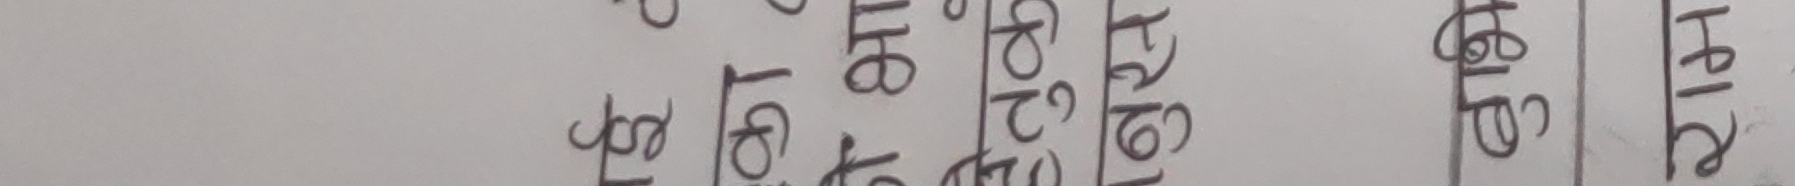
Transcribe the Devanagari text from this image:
हेलो हेलो वर्ल्ड नमस्ते